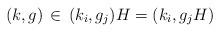
LaTeX: \begin{align*}(k, g)\,\in\, (k_i, g_j) H = (k_i, g_j H) \end{align*}